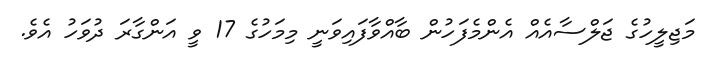
މަޖިލީހުގެ ޖަލްސާއެއް އެންމެފަހުން ބާއްވާފައިވަނީ މިމަހުގެ 17 ވީ އަންގާރަ ދުވަހު އެވެ.